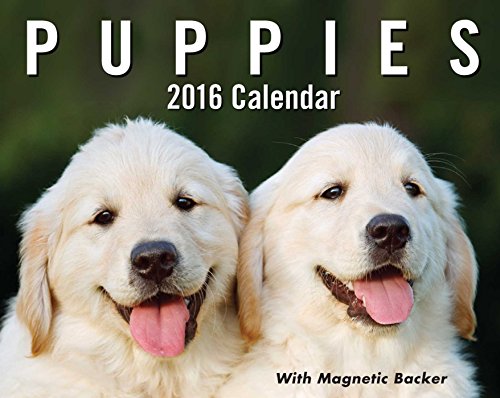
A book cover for Puppies 2016 Mini Day-to-Day Calendar; Andrews McMeel Publishing LLC; Calendars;